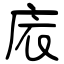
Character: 庡